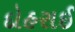
દોહરાઈ